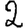
Digit: 2